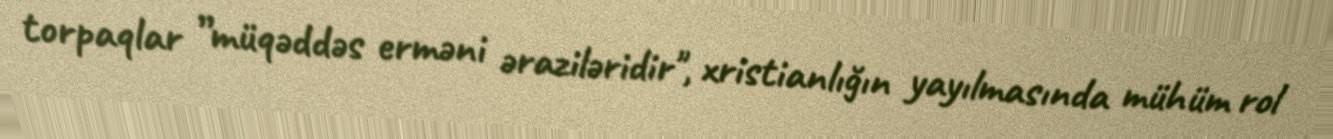
torpaqlar ”müqəddəs erməni əraziləridir", xristianlığın yayılmasında mühüm rol